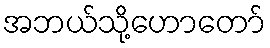
အဘယ်သို့ဟောတော်